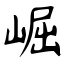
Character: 崛